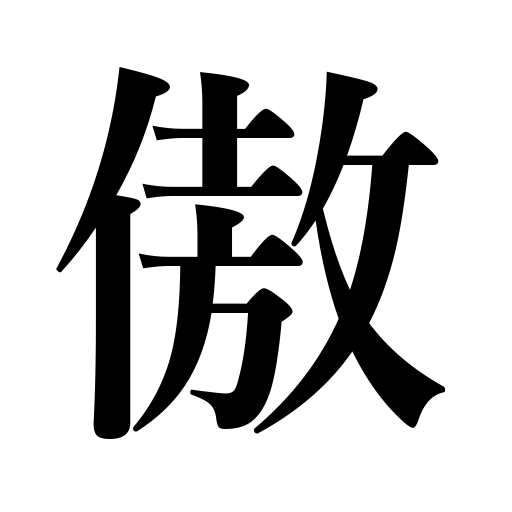
Meanings: be proud